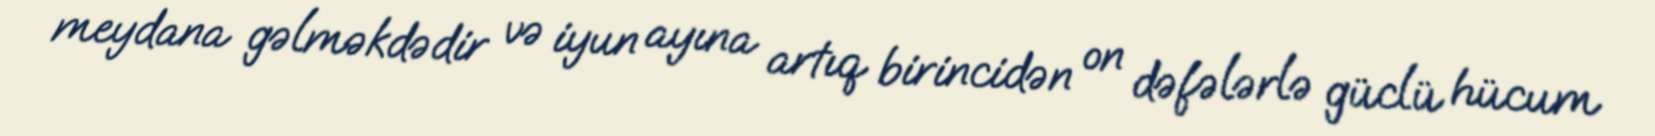
meydana gəlməkdədir və iyun ayına artıq birincidən on dəfələrlə güclü hücum